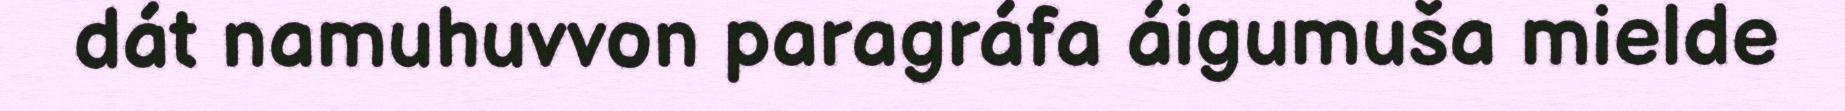
dát namuhuvvon paragráfa áigumuša mielde